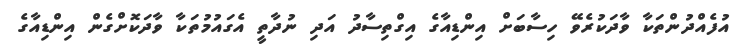
އުފެއްދުންތަކާ ވާދަކުރެވޭ ހިސާބަށް އިންޑިއާގެ އިގްތިސާދު އަދި ނުދާތީ އެގައުމުތަކާ ވާދަކޮށްގެން އިންޑިއާގެ